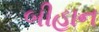
બીહાન